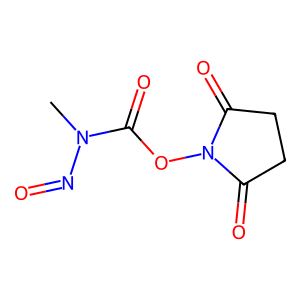
SMILES: CN(N=O)C(=O)ON1C(=O)CCC1=O
Inhibits HIV replication: No